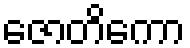
ဇောတိကော